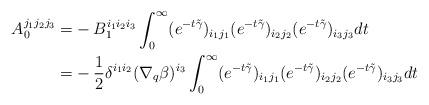
LaTeX: \begin{align*}A_0^{j_1j_2j_3}=&-B^{i_1i_2i_3}_1\int_0^\infty (e^{-t\tilde \gamma})_{i_1j_1} (e^{-t\tilde \gamma})_{i_2j_2} (e^{-t\tilde \gamma})_{i_3j_3} dt\\=&-\frac{1}{2}\delta^{i_1i_2}(\nabla_q\beta)^{i_3}\int_0^\infty (e^{-t\tilde \gamma})_{i_1j_1} (e^{-t\tilde \gamma})_{i_2j_2} (e^{-t\tilde \gamma})_{i_3j_3} dt\end{align*}